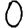
Digit: 0